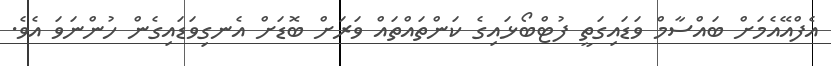
އެފްއޭއެމަށް ބައްސާމް ވަޑައިގަތީ ފުޓްބޯޅައިގެ ކަންތައްތައް ވަރަށް ބޮޑަށް އެނގިވަޑައިގެން ހުންނަވަ އެވެ.